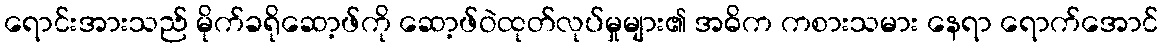
ရောင်းအားသည် မိုက်ခရိုဆော့ဖ်ကို ဆော့ဖ်ဝဲထုတ်လုပ်မှုများ၏ အဓိက ကစားသမား နေရာ ရောက်အောင်